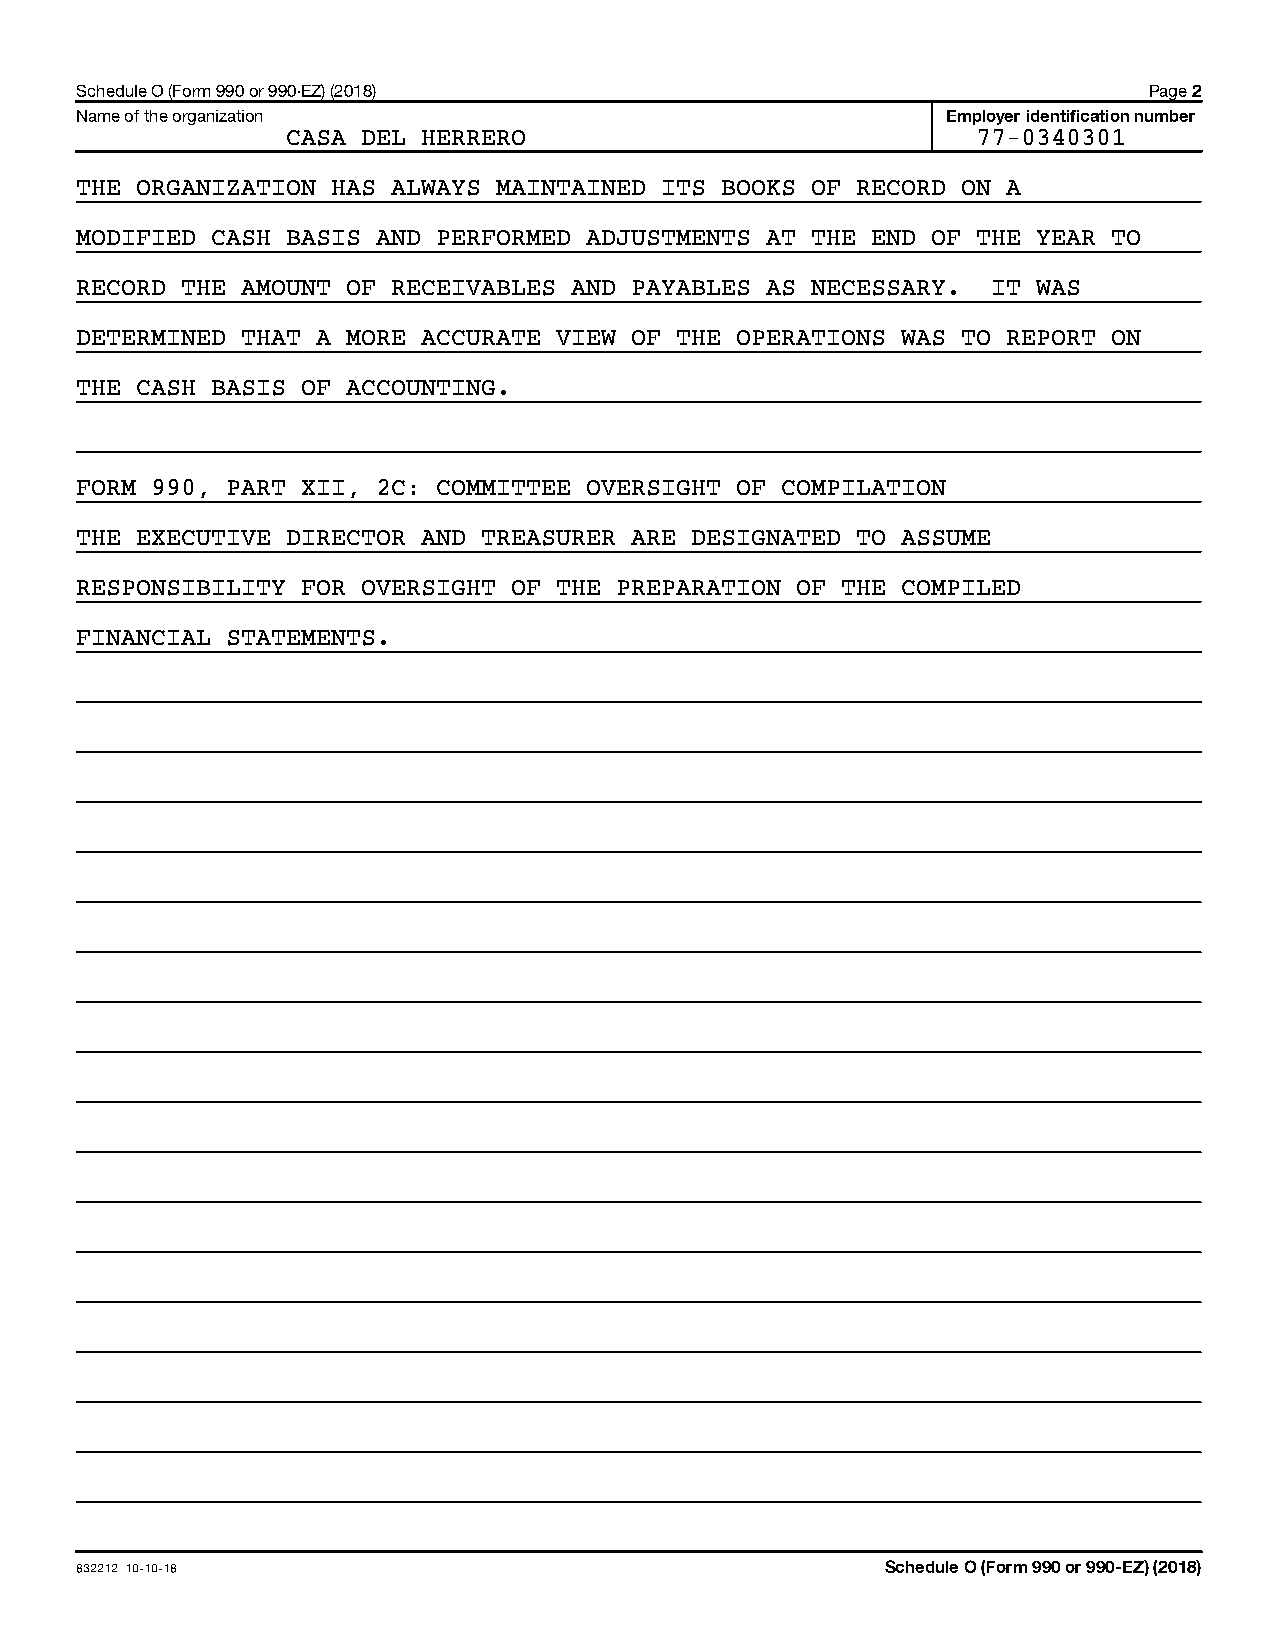
Schedule O (Form 990 or 990-EZ) (2018)                                 Page 2
 Name of the organization                                  Employer identification number
 CASA DEL HERRERO                              77-0340301
 THE ORGANIZATION HAS ALWAYS MAINTAINED ITS BOOKS OF RECORD ON A
 MODIFIED CASH BASIS AND PERFORMED ADJUSTMENTS AT THE END OF THE YEAR TO
 RECORD THE AMOUNT OF RECEIVABLES AND PAYABLES AS NECESSARY.  IT WAS
 DETERMINED THAT A MORE ACCURATE VIEW OF THE OPERATIONS WAS TO REPORT ON
 THE CASH BASIS OF ACCOUNTING.
 FORM 990, PART XII, 2C: COMMITTEE OVERSIGHT OF COMPILATION
 THE EXECUTIVE DIRECTOR AND TREASURER ARE DESIGNATED TO ASSUME
 RESPONSIBILITY FOR OVERSIGHT OF THE PREPARATION OF THE COMPILED
 FINANCIAL STATEMENTS.
 832212 10-10-18                                       Schedule O (Form 990 or 990-EZ) (2018)